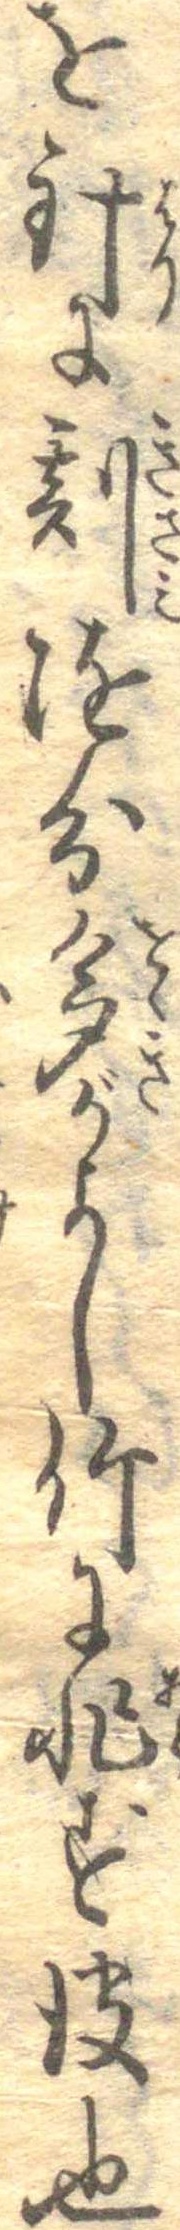
を針に刻随分多がよし竹に非ず皮也